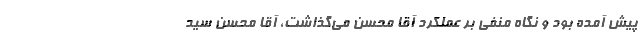
پیش آمده بود و نگاه منفی بر عملکرد آقا محسن می‌گذاشت، آقا محسن سید